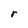
Character: r